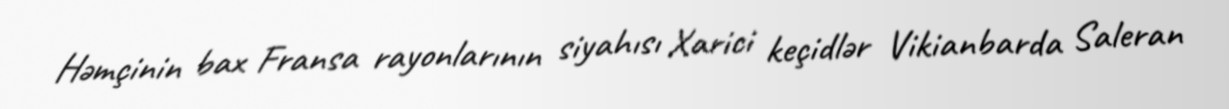
Həmçinin bax Fransa rayonlarının siyahısı Xarici keçidlər Vikianbarda Saleran